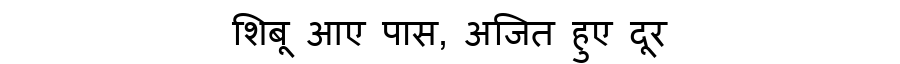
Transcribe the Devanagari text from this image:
शिबू आए पास, अजित हुए दूर